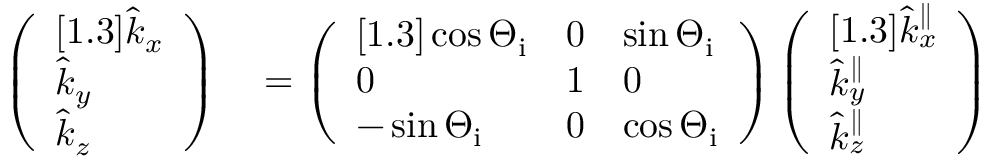
\begin{array} { r l } { \left( \begin{array} { l } { [ 1 . 3 ] \hat { k } _ { x } } \\ { \hat { k } _ { y } } \\ { \hat { k } _ { z } } \end{array} \right) } & { { } = \left( \begin{array} { l l l } { [ 1 . 3 ] \cos { \Theta _ { \mathrm { i } } } } & { 0 } & { \sin { \Theta _ { \mathrm { i } } } } \\ { 0 } & { 1 } & { 0 } \\ { - \sin { \Theta _ { \mathrm { i } } } } & { 0 } & { \cos { \Theta _ { \mathrm { i } } } } \end{array} \right) \left( \begin{array} { l } { [ 1 . 3 ] \hat { k } _ { x } ^ { \parallel } } \\ { \hat { k } _ { y } ^ { \parallel } } \\ { \hat { k } _ { z } ^ { \parallel } } \end{array} \right) } \end{array}